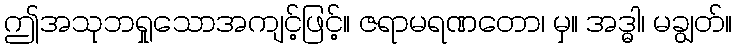
ဤအသုဘရှုသောအကျင့်ဖြင့်။ ဇရာမရဏတော၊ မှ။ အဒ္ဓါ၊ မချွတ်။